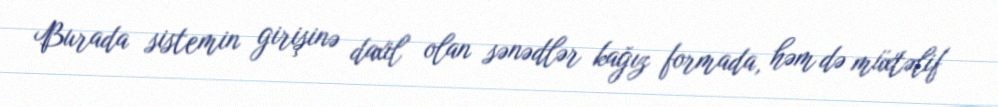
Burada sistemin girişinə daxil olan sənədlər kağız formada, həm də müxtəlif